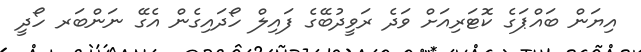
އިޔަން ބައްޕަގެ ކޮޓަރިއަށް ވަދެ ރަވީދުބޭގެ ފައިލް ހޯދައިގެން އެގޭ ނަންބަރ ހޯދީ